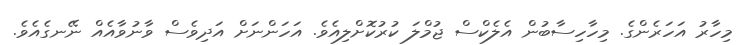
މިހާރު އަހަރެންގެ. މިހާހިސާބުން އެލެކްސް ޖުމްލަ ކުރުކޮށްލިއެވެ. އަހަންނަށް އަދިވެސް ވާނުވާއެއް ނޭނގެއެވެ.